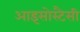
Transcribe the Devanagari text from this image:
आइसोस्टैसी